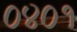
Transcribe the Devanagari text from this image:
०४०१